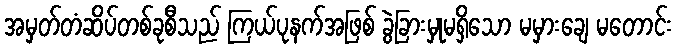
အမှတ်တံဆိပ်တစ်ခုစီသည် ကြယ်ပုနက်အဖြစ် ခွဲခြားမှုမရှိသော မမှားချေ မတောင်း